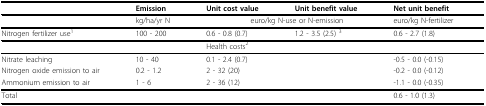
<table><thead><tr><td></td><td><b>Emission</b></td><td><b>Unit cost value</b></td><td><b>Unit benefit value</b></td><td><b>Net unit benefit</b></td></tr></thead><tbody><tr><td></td><td>kg/ha/yr N</td><td colspan="2">euro/kg N-use or N-emission</td><td>euro/kg N-fertilizer</td></tr><tr><td>Nitrogen fertilizer use<sup>1</sup></td><td>100 - 200</td><td>0.6 - 0.8 (0.7)</td><td>1.2 - 3.5 (2.5) <sup>3</sup></td><td>0.6 - 2.7 (1.8)</td></tr><tr><td></td><td></td><td>Health costs<sup>2</sup></td><td></td><td></td></tr><tr><td>Nitrate leaching</td><td>10 - 40</td><td>0.1 - 2.4 (0.7)</td><td></td><td>-0.5 - 0.0 (-0.15)</td></tr><tr><td>Nitrogen oxide emission to air</td><td>0.2 - 1.2</td><td>2 - 32 (20)</td><td></td><td>-0.2 - 0.0 (-0.12)</td></tr><tr><td>Ammonium emission to air</td><td>1 - 6</td><td>2 - 36 (12)</td><td></td><td>-1.1 - 0.0 (-0.35)</td></tr><tr><td>Total</td><td></td><td></td><td></td><td>0.6 - 1.0 (1.3)</td></tr></tbody></table>